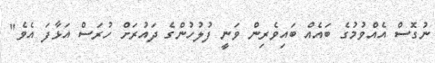
ނުގޮސް އެއްވުމުގެ ބައެއް ބައިވެރިން ވަނީ ފުލުހުންގެ ދައުރަށް ހުރަސް އަޅާފަ އެވެ"